Document type: Sale
Year: 1461
Scribe: [Unknown]
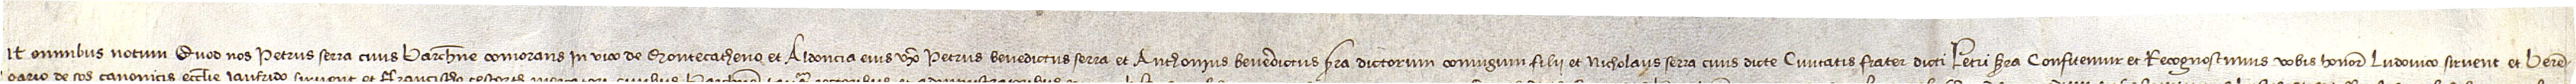
Sit omnibus notum quod nos Petrus Serra, civis Barchinone, comorans in vico de Montecatheno, et Aldoncia, eius uxor, Petrus Benedictus Serra et Anthonius Benedictus Serra, dictorum coniugium filii, et Nicholaus Serra, civis dicte civitatis, frater dicti Petri Serra, confitemur et recognoscimus vobis honorabilibus Ludovico Sirvent et Beren-